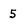
Character: 5